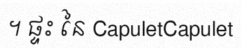
។ ផ្ទះ នៃ CapuletCapulet